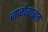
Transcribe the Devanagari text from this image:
जागेबाबत